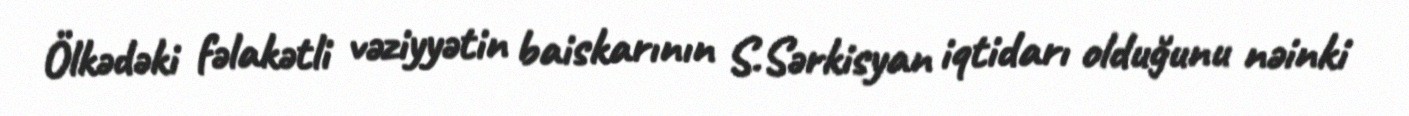
Ölkədəki fəlakətli vəziyyətin baiskarının S.Sərkisyan iqtidarı olduğunu nəinki